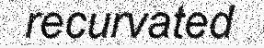
recurvated